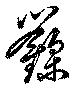
録